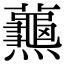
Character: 𪚰